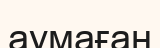
аумаған